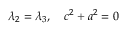
\lambda _ { 2 } = \lambda _ { 3 } , \quad c ^ { 2 } + a ^ { 2 } = 0